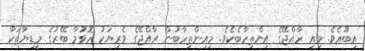
އިބޫއެވެ. މިއީ ރާއްޖޭގެ އިންތިހާބެކެވެ. މިއިންތިހާބުން ރާއްޖޭގެ ވެރިޔަކު ހޮވުމާ ބޭރުގެ މީޑިޔާތަކާ